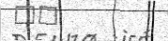
٤٩